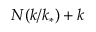
N ( k / k _ { * } ) + k